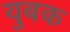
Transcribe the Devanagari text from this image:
युबक